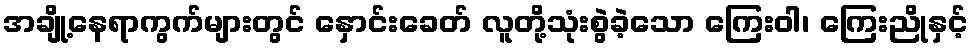
အချို့နေရာကွက်များတွင် နှောင်းခေတ် လူတို့သုံးစွဲခဲ့သော ကြေးဝါ၊ ကြေးညိုနှင့်